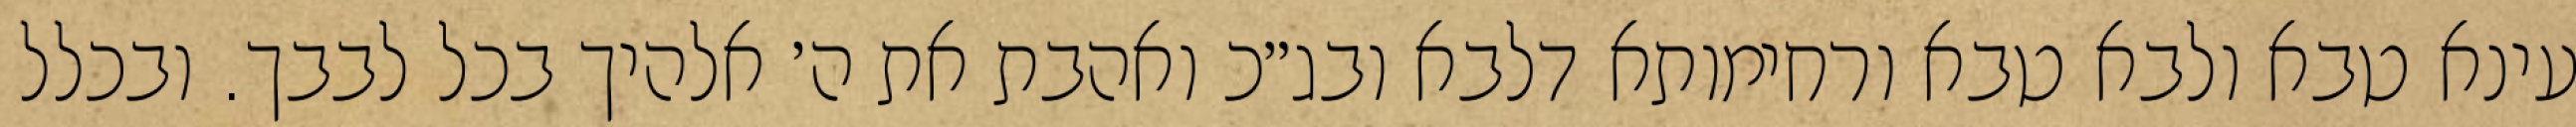
עינא טבא ולבא טבא ורחימותא דלבא ובג״כ ואהבת את ה׳ אלהיך בכל לבבך. ובכלל